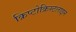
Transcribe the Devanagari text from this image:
क्रिप्टोक्रिस्टलाइन